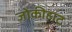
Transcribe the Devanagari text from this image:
जोकीहाट